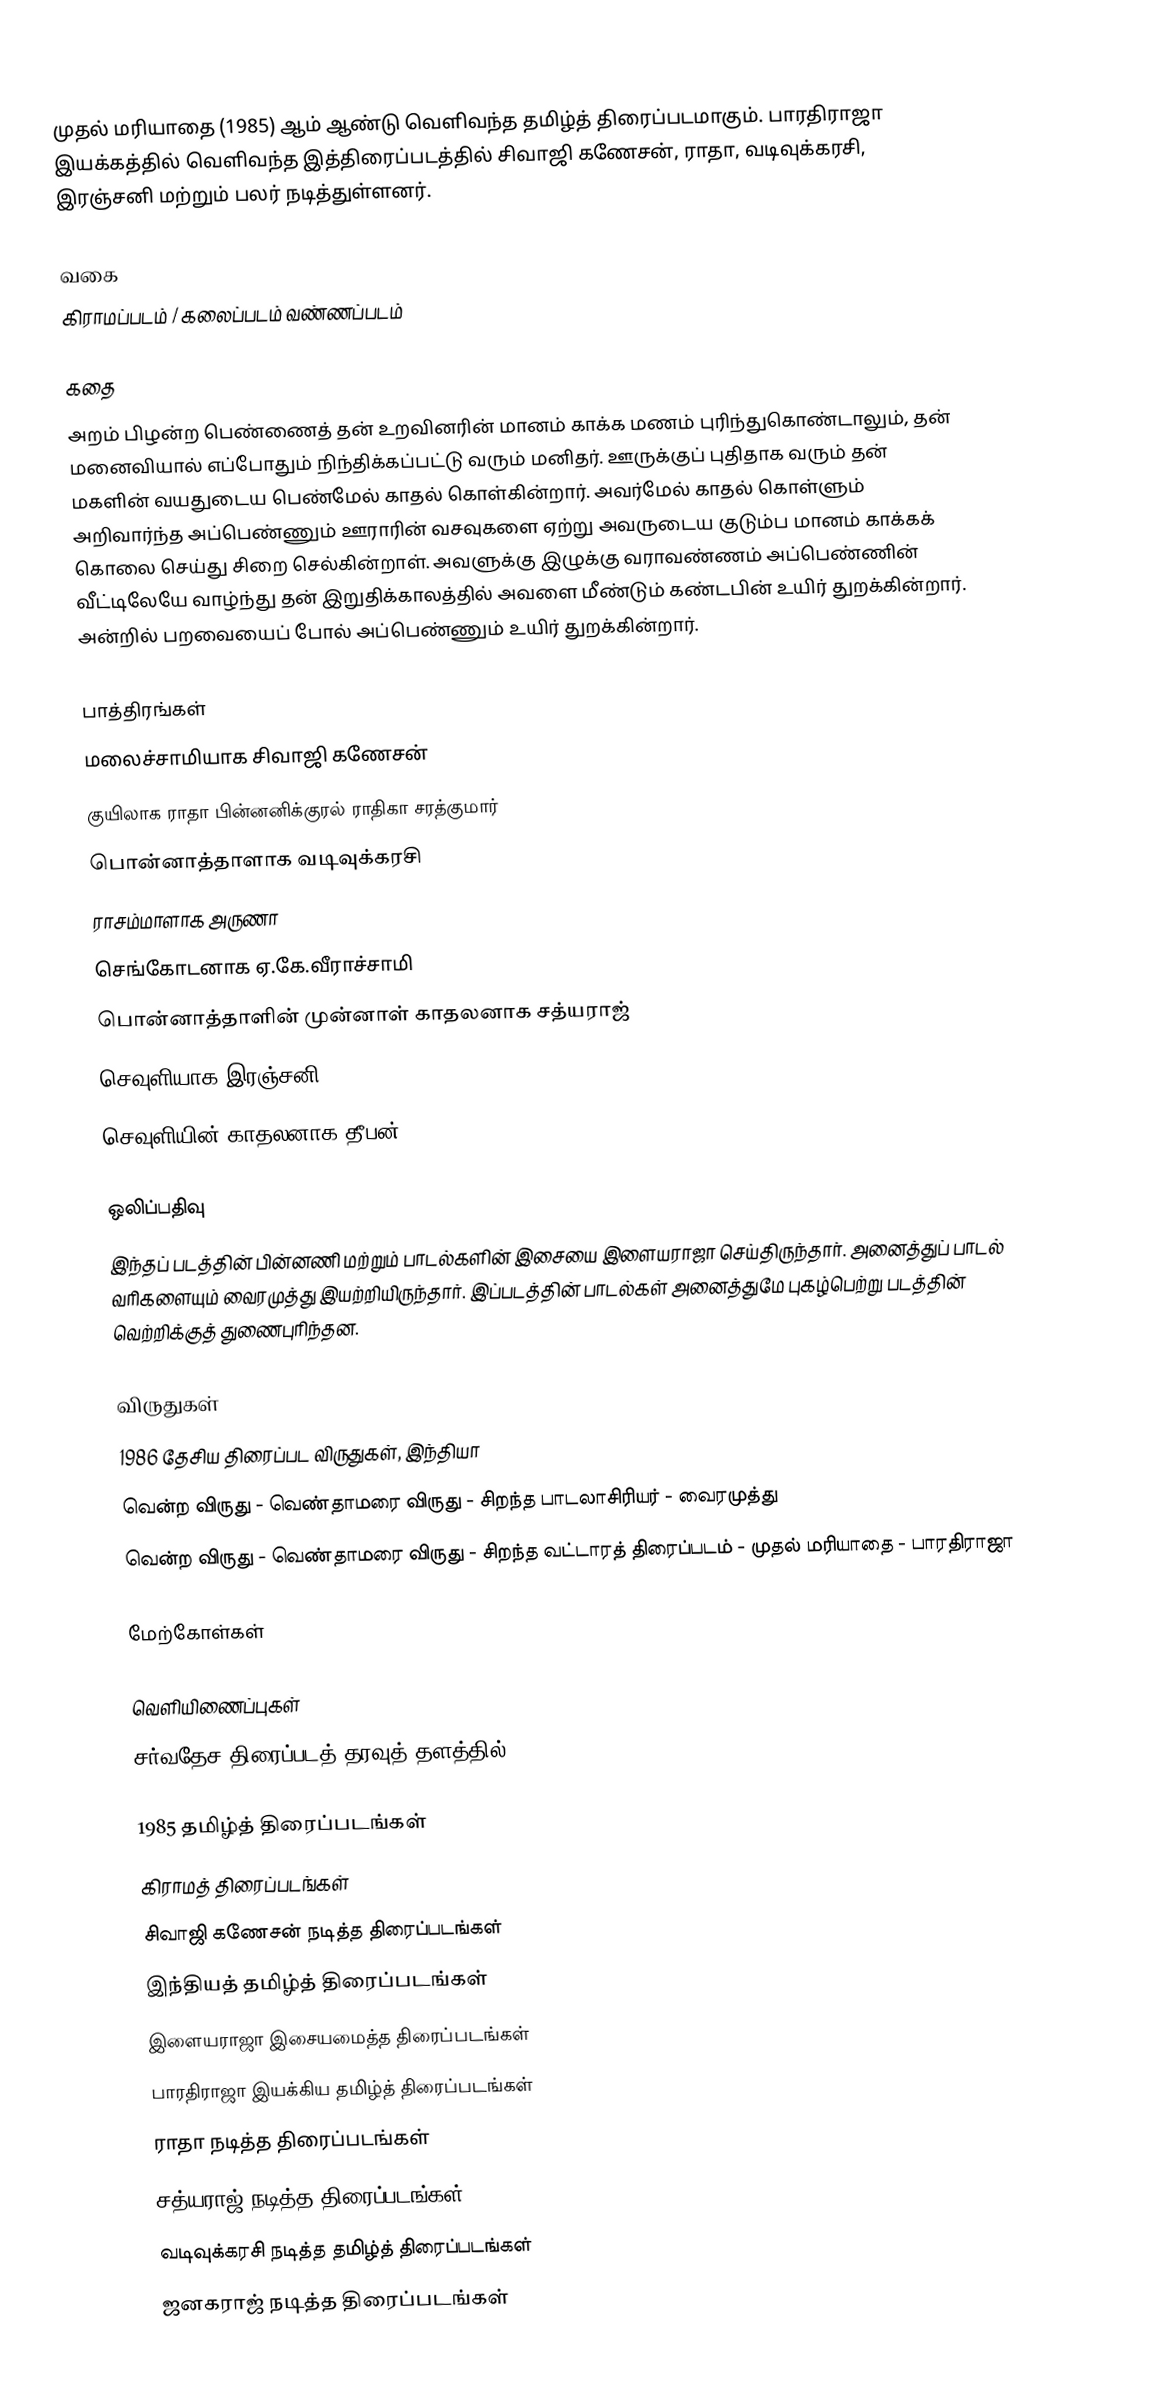
முதல் மரியாதை (1985) ஆம் ஆண்டு வெளிவந்த தமிழ்த் திரைப்படமாகும். பாரதிராஜா இயக்கத்தில் வெளிவந்த இத்திரைப்படத்தில் சிவாஜி கணேசன், ராதா, வடிவுக்கரசி, இரஞ்சனி மற்றும் பலர் நடித்துள்ளனர்.

வகை
கிராமப்படம் / கலைப்படம் வண்ணப்படம்

கதை
அறம் பிழன்ற பெண்ணைத் தன் உறவினரின் மானம் காக்க மணம் புரிந்துகொண்டாலும், தன் மனைவியால் எப்போதும் நிந்திக்கப்பட்டு வரும் மனிதர். ஊருக்குப் புதிதாக வரும் தன் மகளின் வயதுடைய பெண்மேல் காதல் கொள்கின்றார். அவர்மேல் காதல் கொள்ளும் அறிவார்ந்த அப்பெண்ணும் ஊராரின் வசவுகளை ஏற்று அவருடைய குடும்ப மானம் காக்கக் கொலை செய்து சிறை செல்கின்றாள். அவளுக்கு இழுக்கு வராவண்ணம் அப்பெண்ணின் வீட்டிலேயே வாழ்ந்து தன் இறுதிக்காலத்தில் அவளை மீண்டும் கண்டபின் உயிர் துறக்கின்றார். அன்றில் பறவையைப் போல் அப்பெண்ணும் உயிர் துறக்கின்றார்.

பாத்திரங்கள்
 மலைச்சாமியாக சிவாஜி கணேசன்
 குயிலாக ராதா பின்னனிக்குரல் ராதிகா சரத்குமார்
 பொன்னாத்தாளாக வடிவுக்கரசி
 ராசம்மாளாக அருணா
 செங்கோடனாக ஏ.கே.வீராச்சாமி
 பொன்னாத்தாளின் முன்னாள் காதலனாக சத்யராஜ்
 செவுளியாக இரஞ்சனி
 செவுளியின் காதலனாக தீபன்

ஒலிப்பதிவு
இந்தப் படத்தின் பின்னணி மற்றும் பாடல்களின் இசையை இளையராஜா செய்திருந்தார். அனைத்துப் பாடல் வரிகளையும் வைரமுத்து இயற்றியிருந்தார். இப்படத்தின் பாடல்கள் அனைத்துமே புகழ்பெற்று படத்தின் வெற்றிக்குத் துணைபுரிந்தன.

விருதுகள்
1986 தேசிய திரைப்பட விருதுகள், இந்தியா
 வென்ற விருது - வெண்தாமரை விருது - சிறந்த பாடலாசிரியர் - வைரமுத்து
 வென்ற விருது - வெண்தாமரை விருது - சிறந்த வட்டாரத் திரைப்படம் - முதல் மரியாதை - பாரதிராஜா

மேற்கோள்கள்

வெளியிணைப்புகள்
சர்வதேச திரைப்படத் தரவுத் தளத்தில்

1985 தமிழ்த் திரைப்படங்கள்
கிராமத் திரைப்படங்கள்
சிவாஜி கணேசன் நடித்த திரைப்படங்கள்
இந்தியத் தமிழ்த் திரைப்படங்கள்
இளையராஜா இசையமைத்த திரைப்படங்கள்
பாரதிராஜா இயக்கிய தமிழ்த் திரைப்படங்கள்
ராதா நடித்த திரைப்படங்கள்
சத்யராஜ் நடித்த திரைப்படங்கள்
வடிவுக்கரசி நடித்த தமிழ்த் திரைப்படங்கள்
ஜனகராஜ் நடித்த திரைப்படங்கள்